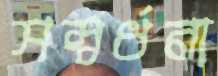
সম্বর্ধনা